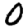
Digit: 0